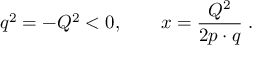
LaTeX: q ^ { 2 } = - Q ^ { 2 } < 0 , \qquad x = \frac { Q ^ { 2 } } { 2 p \cdot q } \; .